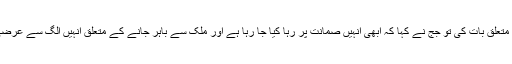
جب مسٹر چشتی کے وکیل نے ان کے کراچی جانے کے متعلق بات کی تو جج نے کہا کہ ابھی انہیں صمانت پر رہا کیا جا رہا ہے اور ملک سے باہر جانے کے متعلق انہیں الگ سے عرضی دینی ہوگي اور عدالت اس پر سماعت کے لیے تیار ہے۔